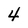
Character: 4